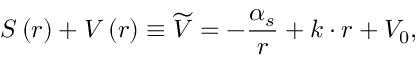
S \left( r \right) + V \left( r \right) \equiv \widetilde { V } = - \frac { \alpha _ { s } } r + k \cdot r + V _ { 0 } ,